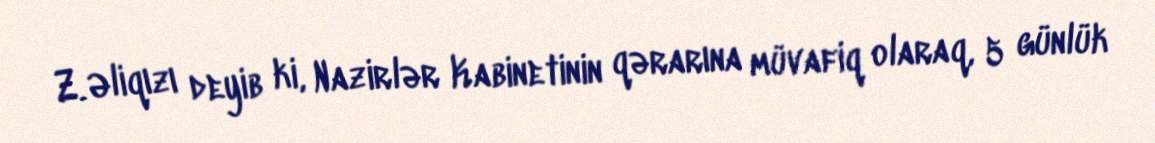
Z. Əliqızı deyib ki, Nazirlər Kabinetinin qərarına müvafiq olaraq, 5 günlük